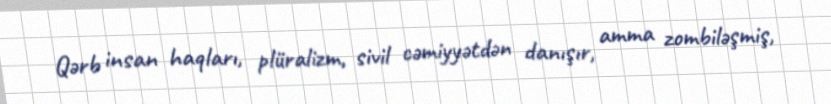
Qərb insan haqları, plüralizm, sivil cəmiyyətdən danışır, amma zombiləşmiş,